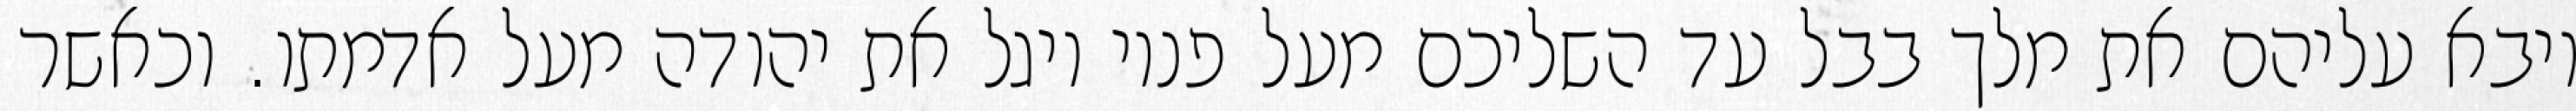
ויבא עליהם את מלך בבל עד השליכם מעל פניו ויגל את יהודה מעל אדמתו. וכאשר